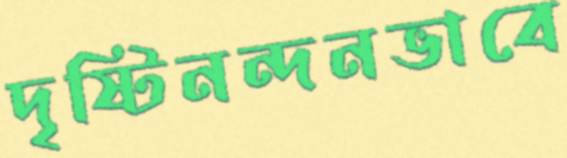
দৃষ্টিনন্দনভাবে